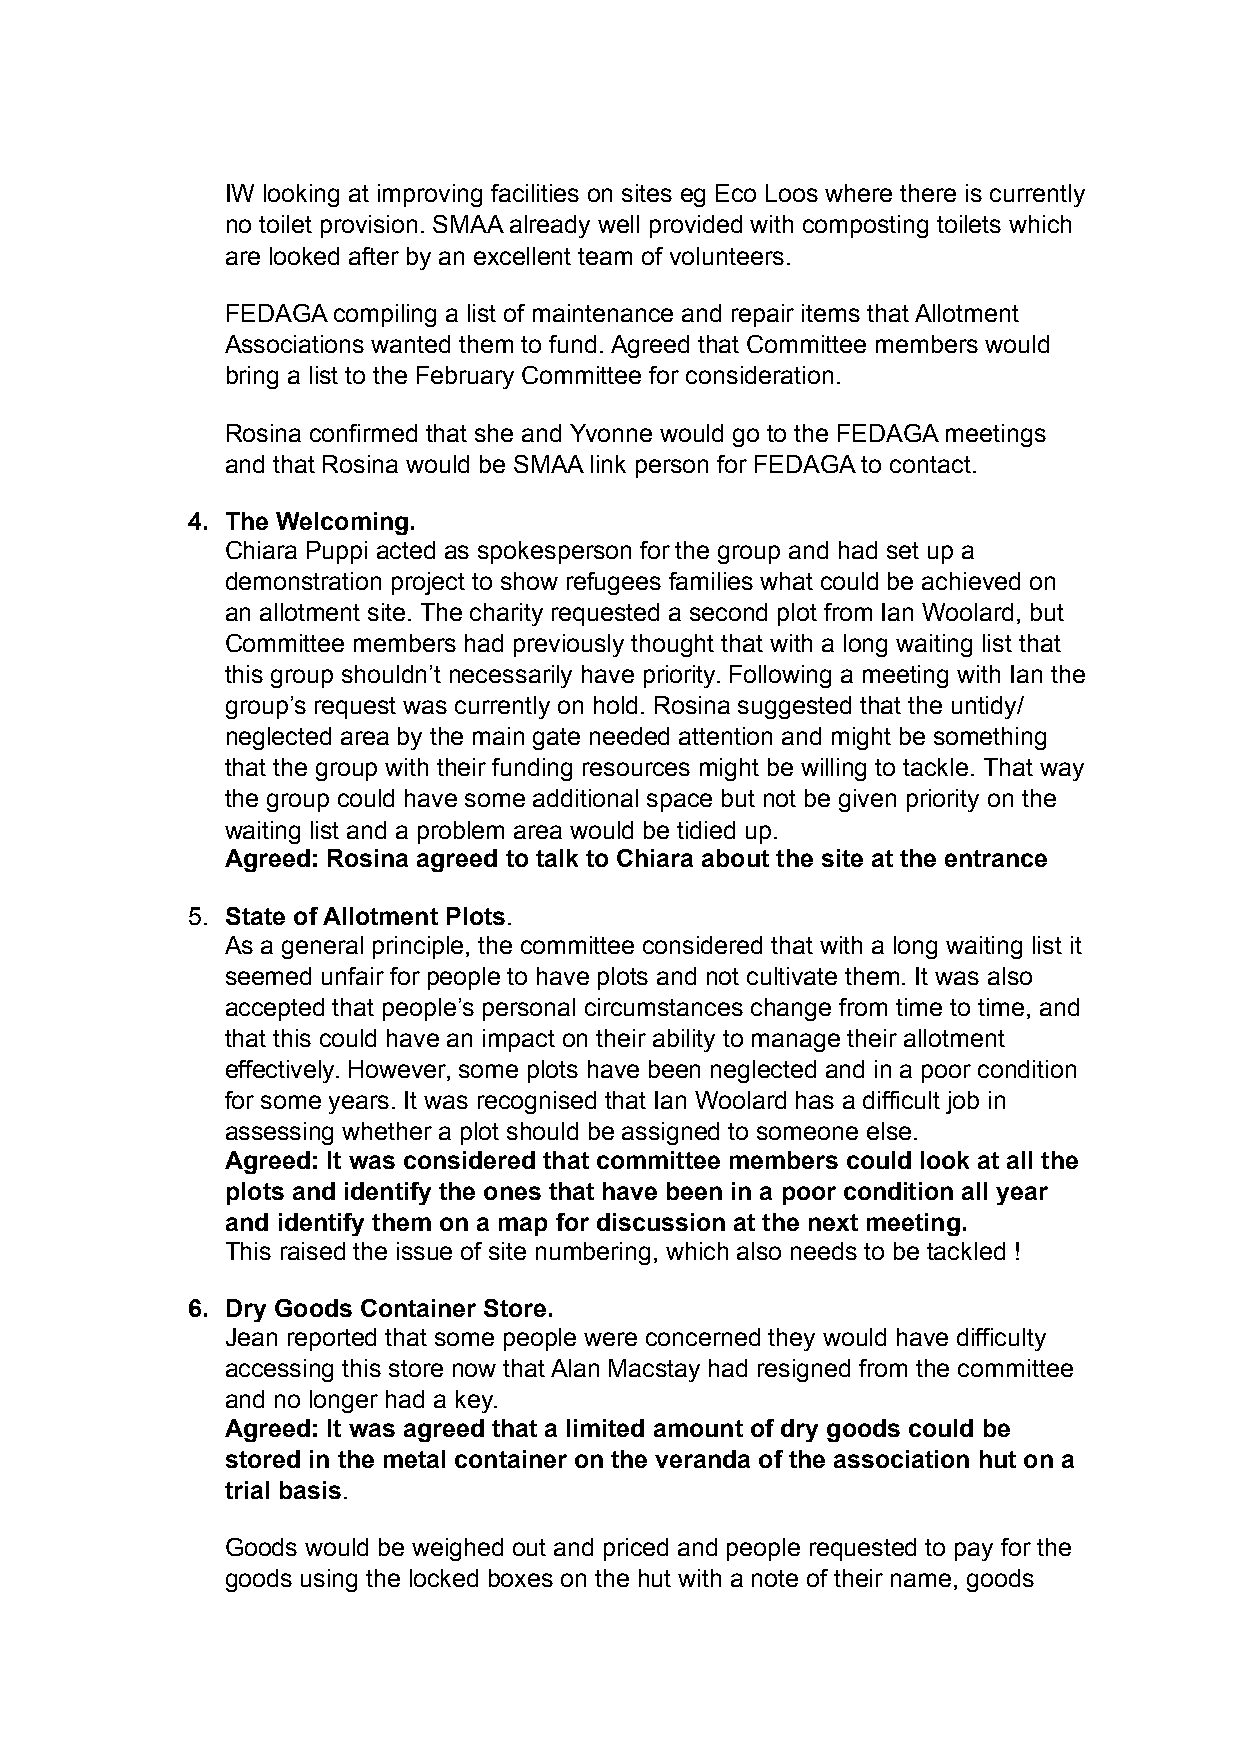
IW looking at improving facilities on sites eg Eco Loos where there is currently
 no toilet provision. SMAA already well provided with composting toilets which
 are looked after by an excellent team of volunteers.
 FEDAGA compiling a list of maintenance and repair items that Allotment
 Associations wanted them to fund. Agreed that Committee members would
 bring a list to the February Committee for consideration.
 Rosina confirmed that she and Yvonne would go to the FEDAGA meetings
 and that Rosina would be SMAA link person for FEDAGA to contact.
 4. The Welcoming.
 Chiara Puppi acted as spokesperson for the group and had set up a
 demonstration project to show refugees families what could be achieved on
 an allotment site. The charity requested a second plot from Ian Woolard, but
 Committee members had previously thought that with a long waiting list that
 this group shouldn’t necessarily have priority. Following a meeting with Ian the
 group’s request was currently on hold. Rosina suggested that the untidy/
 neglected area by the main gate needed attention and might be something
 that the group with their funding resources might be willing to tackle. That way
 the group could have some additional space but not be given priority on the
 waiting list and a problem area would be tidied up.
 Agreed: Rosina agreed to talk to Chiara about the site at the entrance
 5. State of Allotment Plots.
 As a general principle, the committee considered that with a long waiting list it
 seemed unfair for people to have plots and not cultivate them. It was also
 accepted that people’s personal circumstances change from time to time, and
 that this could have an impact on their ability to manage their allotment
 effectively. However, some plots have been neglected and in a poor condition
 for some years. It was recognised that Ian Woolard has a difficult job in
 assessing whether a plot should be assigned to someone else.
 Agreed: It was considered that committee members could look at all the
 plots and identify the ones that have been in a poor condition all year
 and identify them on a map for discussion at the next meeting.
 This raised the issue of site numbering, which also needs to be tackled !
 6. Dry Goods Container Store.
 Jean reported that some people were concerned they would have difficulty
 accessing this store now that Alan Macstay had resigned from the committee
 and no longer had a key.
 Agreed: It was agreed that a limited amount of dry goods could be
 stored in the metal container on the veranda of the association hut on a
 trial basis.
 Goods would be weighed out and priced and people requested to pay for the
 goods using the locked boxes on the hut with a note of their name, goods